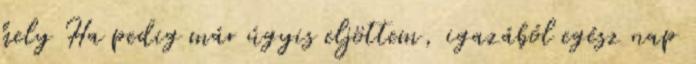
hely Ha pedig már úgyis eljöttem, igazából egész nap